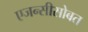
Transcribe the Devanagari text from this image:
एजन्सीसोबत